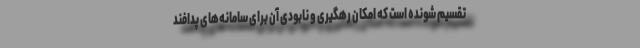
تقسیم شونده است که امکان رهگیری و نابودی آن برای سامانه‌های پدافند